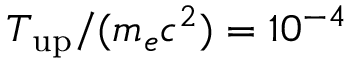
T _ { \mathrm { u p } } / ( m _ { e } c ^ { 2 } ) = 1 0 ^ { - 4 }